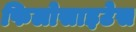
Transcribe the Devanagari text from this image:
फिलोसाइटेस